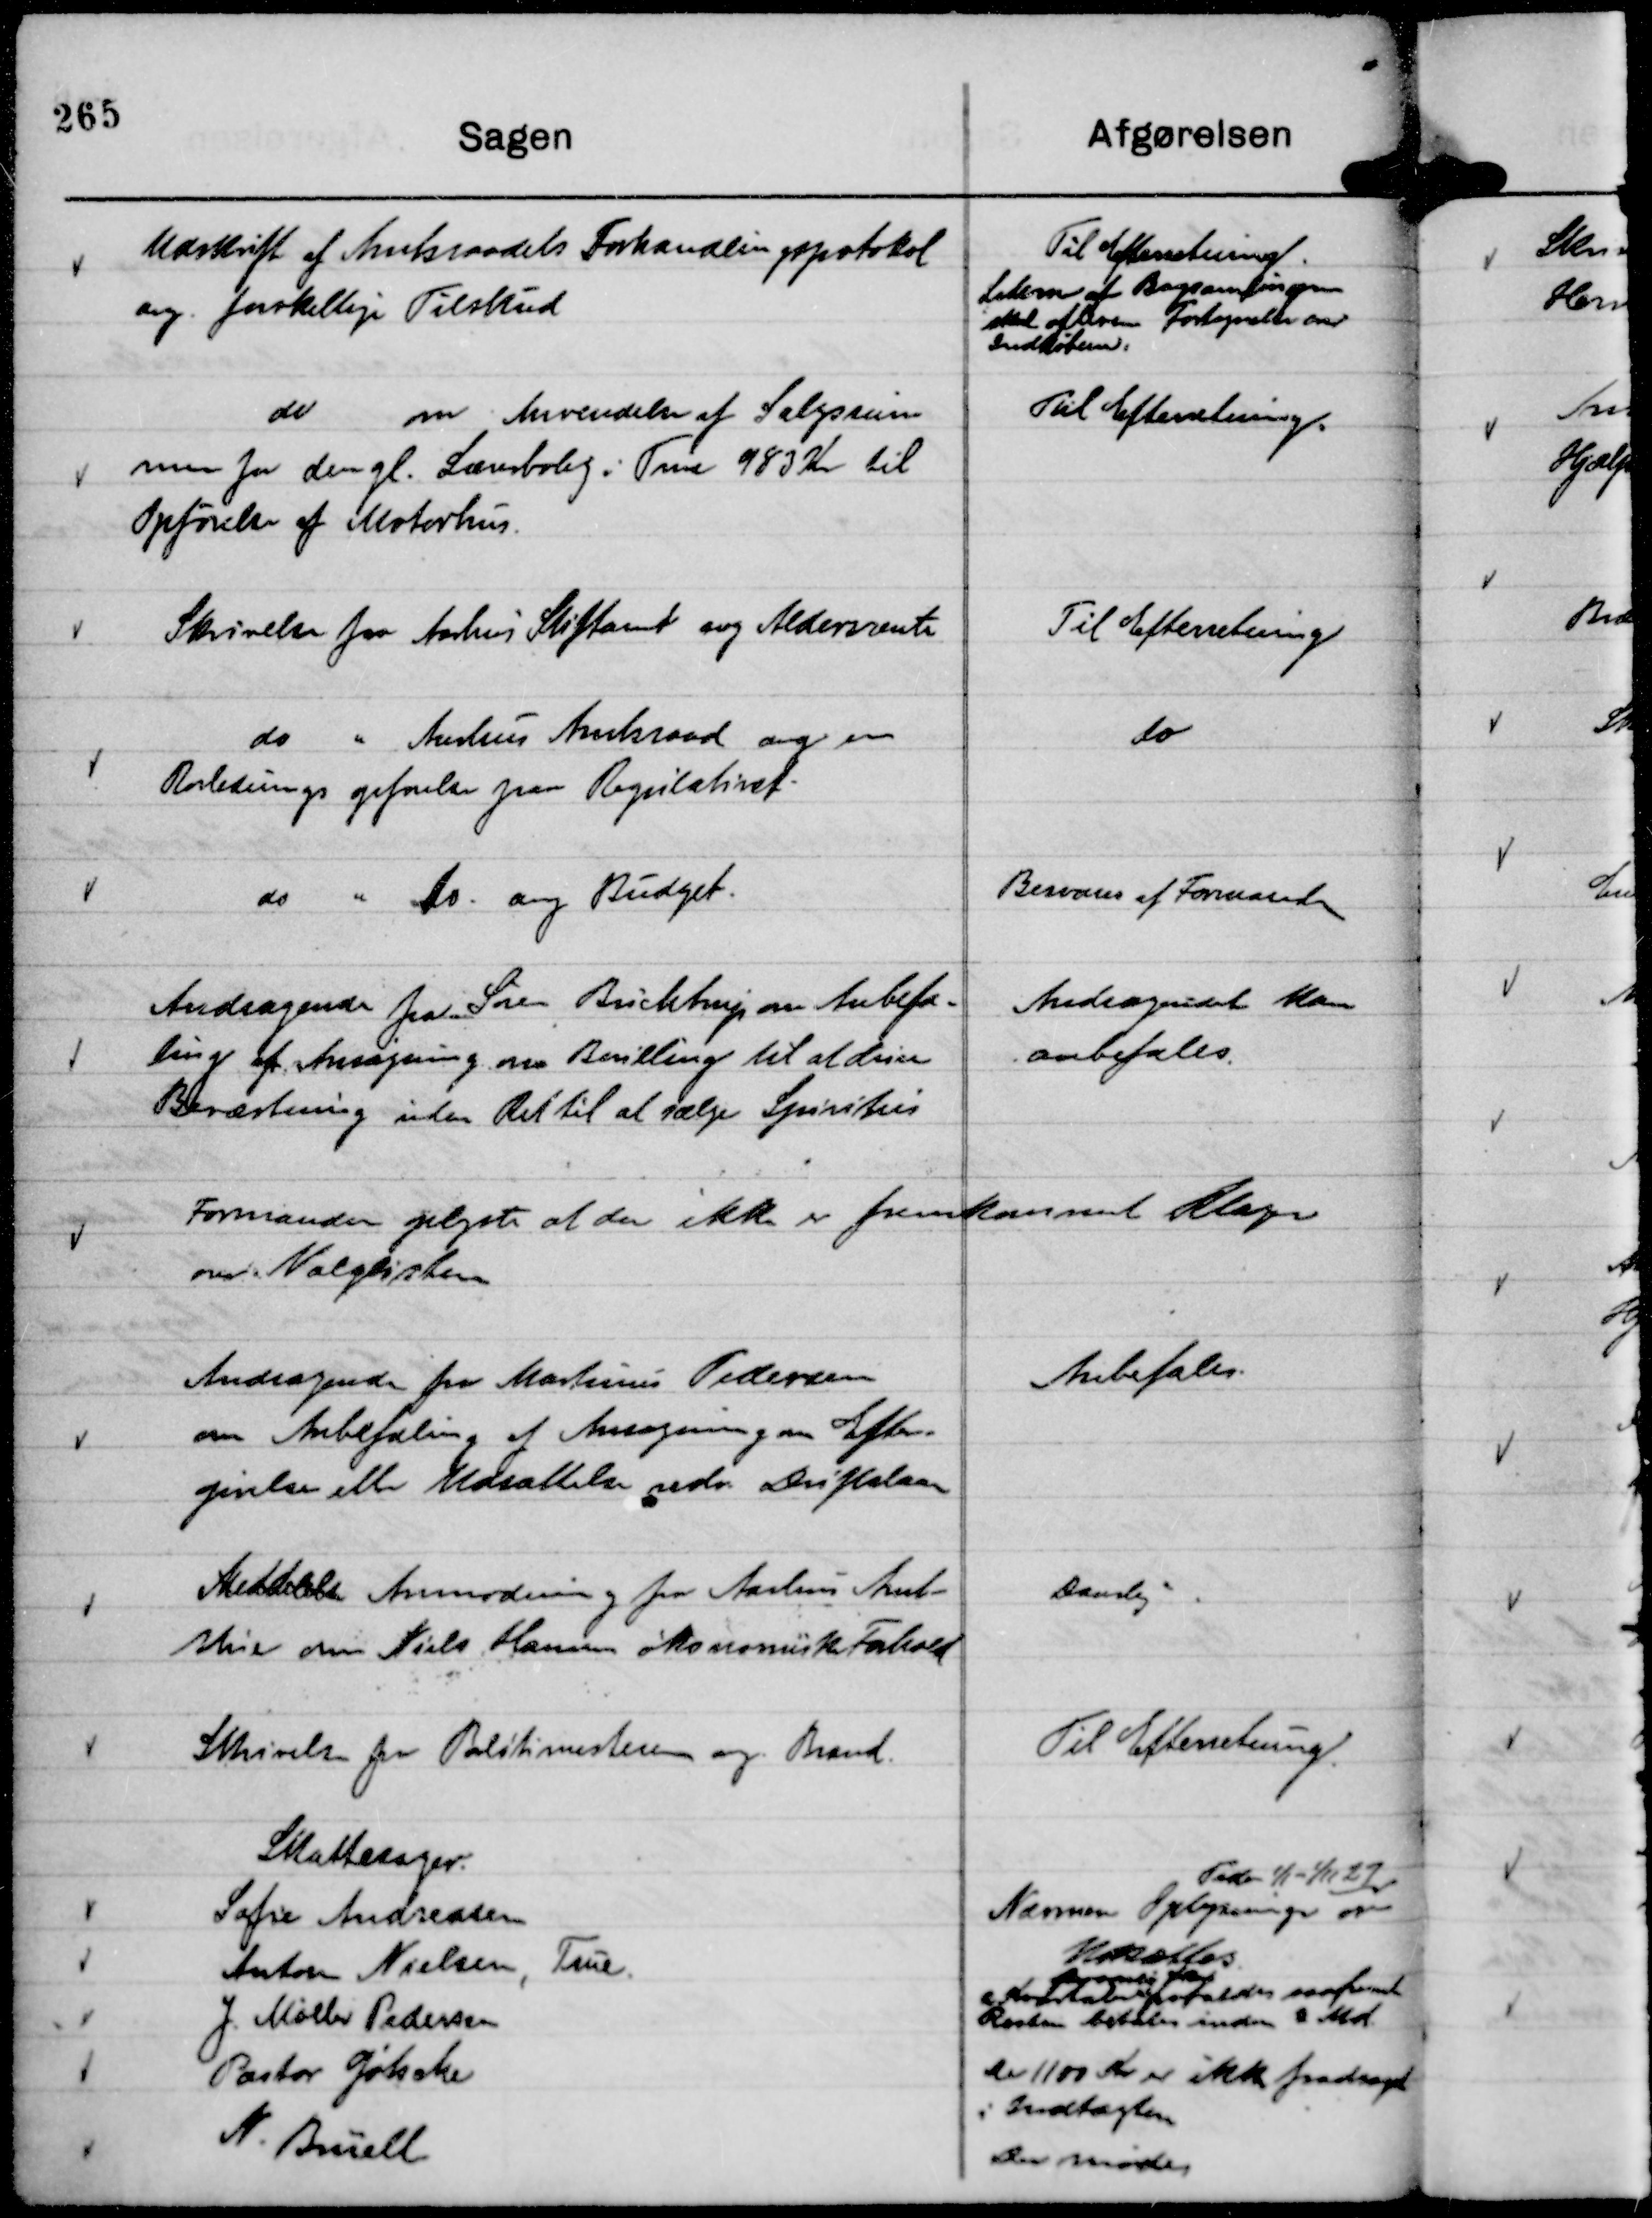
Transskription:
Udskrift af Amtsraadets Forhandlingsprotokol
ang. forskellige Tilskud

Til Efterretning.
Ledern af Bogsamlingen
skal aflevere Fortegnelse over
Indkøbene.

do om Anvendelse af Salgssum
men for den gl. Lærerbolig i True 983 Kr til
Opførelse af Motorhus.

Til Efterretning.

Skrivelse fra Aarhus Stiftamt ang Aldersrente

Til Efterretning

do " Aarhus Amtsraad ang en
Rørlednings opførelse paa Regulativet.

do

do " do. ang Budget.

Besvares af Formanden

Andragende fra Søren Buchtrup om Anbefa-
ling af Ansøgning om Bevilling til at drive
Beværtning uden Ret til at sælge Spiritus

Andragendet kan
anbefales.

Formanden oplyste at der ikke er fremkommet KLager
over Valglisten

Andragende fra Martinus Pedersen
om Anbefaling af Ansøgning om Efter-
givelse eller Udsættelse vedr. Driftslaan

Anbefales.

Meddelelse Anmodning fra Aarhus Amt-
stue om Niels Hansens økonomiske Forhold

Daarlig

Skrivelse fra Politimesteren ang. Brand.

Til Efterretning.